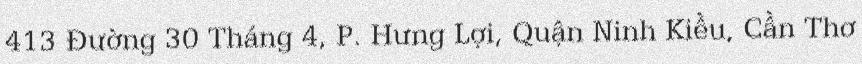
413 Đường 30 Tháng 4, P. Hưng Lợi, Quận Ninh Kiều, Cần Thơ